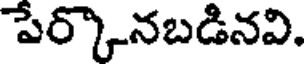
పేర్కొనబడినవి.